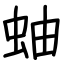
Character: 蚰